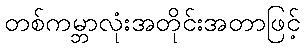
တစ်ကမ္ဘာလုံးအတိုင်းအတာဖြင့်